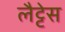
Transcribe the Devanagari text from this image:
लैट्टेस